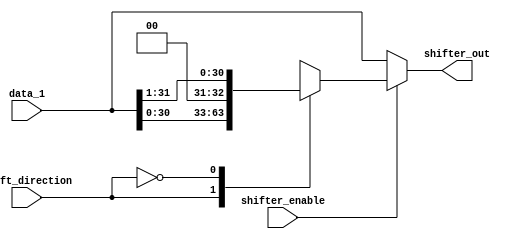
module BARREL_SHIFTER(shifter_out, shifter_enable, shift_direction, data_1);
  
  parameter word_size = 32;                       /* Size of an instruction */
  parameter LEFT = 1;
  parameter RIGHT = 0;
    
  input shift_direction;                          /* Specifies direction of the shift, 1 for left shift and 0 for right */
  input shifter_enable;                           /* Signal used to activate the barrel shifter */
  input [word_size-1:0] data_1;                   /* The data to be shifted, which can be from the registers or immediate */
  
  output reg [word_size-1:0] shifter_out;         /* The output result after a specified shift either left or right */  
  
  always @ (*)
  if (shifter_enable)
    begin
      case(shift_direction)
      LEFT: shifter_out = data_1 << 1;
      RIGHT: shifter_out = data_1 >> 1;
      default: shifter_out = data_1;
    endcase
    end
  else
    shifter_out = data_1;
endmodule